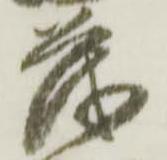
も